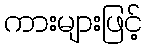
ကားများဖြင့်